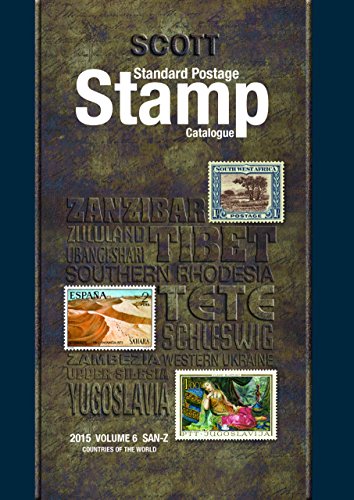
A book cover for Scott 2015 Standard Postage Stamp Catalogue Volume 6: Countries of the World San-Z (Scott Standard Postage Stamp Catalogue Vol 6 San-Z); Charles Snee; Crafts, Hobbies & Home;